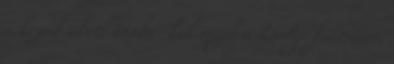
a kezeik alatt átala- kul majd a Dodge futóműve,